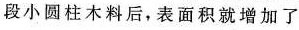
段小圆柱木料后，表面积就增加了